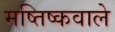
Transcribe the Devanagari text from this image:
मष्तिष्कवाले